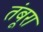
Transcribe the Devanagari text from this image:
तंबूरा